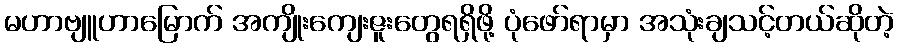
မဟာဗျူဟာမြောက် အကျိုးကျေးဇူးတွေရရှိဖို့ ပုံဖော်ရာမှာ အသုံးချသင့်တယ်ဆိုတဲ့